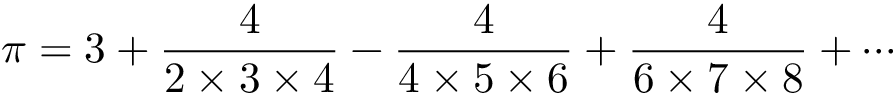
\pi = { 3 } + { \frac { 4 } { 2 \times 3 \times 4 } } - { \frac { 4 } { 4 \times 5 \times 6 } } + { \frac { 4 } { 6 \times 7 \times 8 } } + \cdots